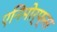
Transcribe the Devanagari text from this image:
एनिमोर्फ्स